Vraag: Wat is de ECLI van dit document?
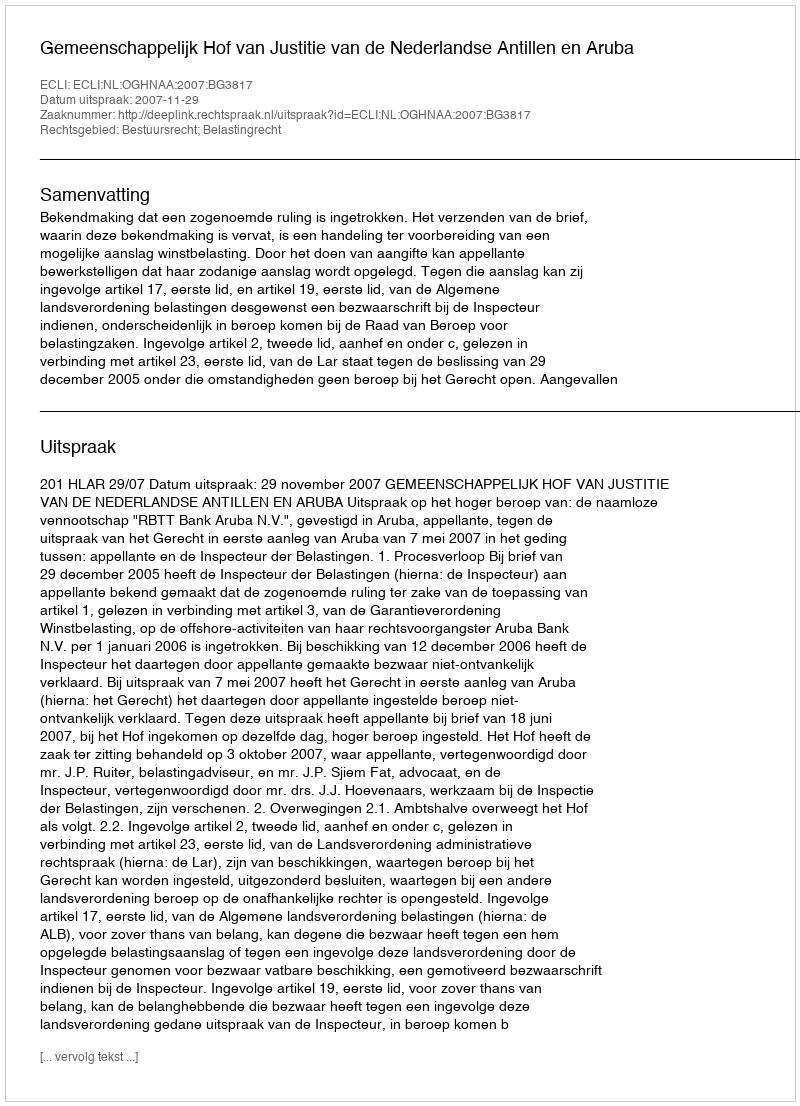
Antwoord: ECLI:NL:OGHNAA:2007:BG3817